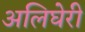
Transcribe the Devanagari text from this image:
अलिघेरी